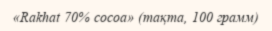
«Rakhаt 70% cocoa» (тақта, 100 грамм)